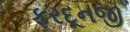
ફરદૂનજી